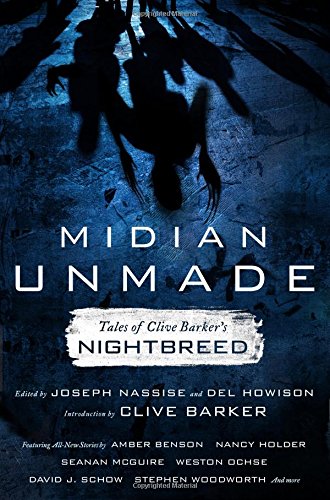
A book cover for Midian Unmade: Tales of Clive Barker's Nightbreed; Science Fiction & Fantasy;